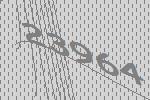
23964